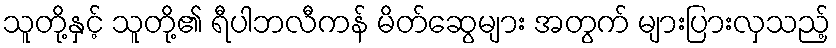
သူတို့နှင့် သူတို့၏ ရီပါဘလီကန် မိတ်ဆွေများ အတွက် များပြားလှသည့်